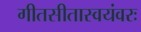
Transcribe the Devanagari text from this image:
गीतसीतास्वयंवरः